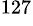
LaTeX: ^{127}